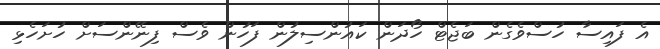
އެ ފައިސާ ހުސްވެގެން ބަޖެޓް ހޯދަން ކައުންސިލުން ފަހުން ވެސް ފިނޭންސަށް ހުށަހެޅި